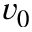
v _ { 0 }